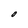
Character: O